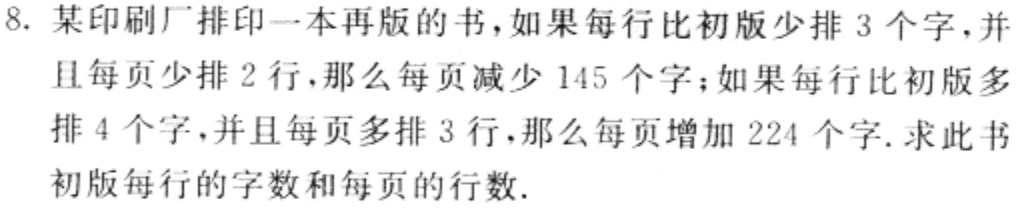
8. 某印刷厂排印一本再版的书，如果每行比初版少排 3 个字，并且每页少排 2 行，那么每页减少 145 个字；如果每行比初版多排 4 个字，并且每页多排 3 行，那么每页增加 224 个字. 求此书初版每行的字数和每页的行数.